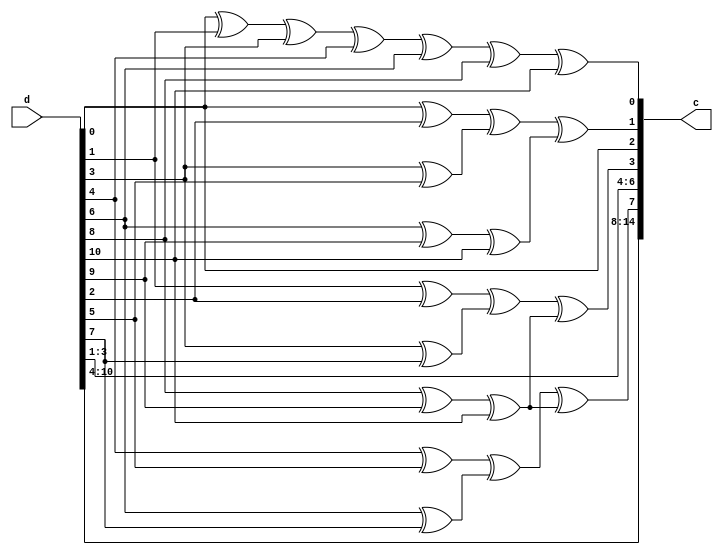
module ham_15_11_encoder (d,c);
	// Output signals representing the 15-bit encoded vector
	output reg [14:0] c;
	
	
	// Input signals representing the 11-bit input
	input [10:0] d;
	
	
	// Declare "reg" signals...
	// Parity bits for Hamming encoding
	reg [3:0] p;
	
	// Declare "wire" signals...
	// Defining constants: parameter [name_of_constant] = value;
	
	
	always @(*)
	begin
	
		// Determine for each parity bit, what data bits is it made of
		//p[0]=((d[0]^d[1])^(d[3]^d[4]))^((d[6]^d[8])^d[10]);
		p[0]=d[0]^d[1]^d[3]^d[4]^d[6]^d[8]^d[10];

//	assign p[0]=d[0];
	//p{0}=d{0};
	//p(0)=d(0);
		p[1]=((d[0]^d[2])^(d[3]^d[5]))^((d[6]^d[9])^d[10]);
		p[2]=((d[1]^d[2])^(d[3]^d[7]))^((d[8]^d[9])^d[10]);
		p[3]=((d[4]^d[5])^(d[6]^d[7]))^((d[8]^d[9])^d[10]);
		
		
	
		// Assign the encoded signal bits to data bits...
		c[2]=d[0];
		c[4]=d[1];
		c[5]=d[2];
		c[6]=d[3];
		c[8]=d[4];
		c[9]=d[5];
		c[10]=d[6];
		c[11]=d[7];
		c[12]=d[8];
		c[13]=d[9];
		c[14]=d[10];
		
	
		// Introduce parity bits to encode signal values
		c[0]=p[0];
		c[1]=p[1];
		c[3]=p[2];
		c[7]=p[3];
	end
	
	
endmodule